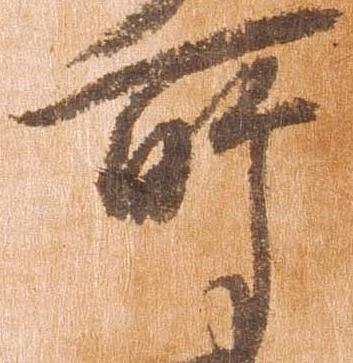
所